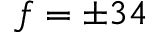
f = \pm 3 4